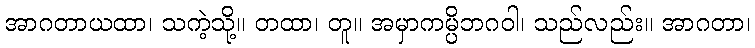
အာဂတာယထာ၊ သကဲ့သို့။ တထာ၊ တူ။ အမှာကမ္ပိဘဂဝါ၊ သည်လည်း။ အာဂတာ၊